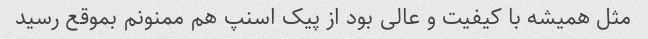
مثل همیشه با کیفیت و عالی بود از پیک اسنپ هم ممنونم بموقع رسید